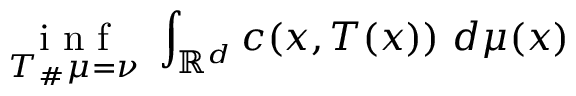
\underset { T _ { \# } \mu = \nu } { \mathrm { ~ i ~ n ~ f ~ } } \ \int _ { \mathbb { R } ^ { d } } c ( x , T ( x ) ) \ d \mu ( x )